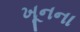
ખૂનના